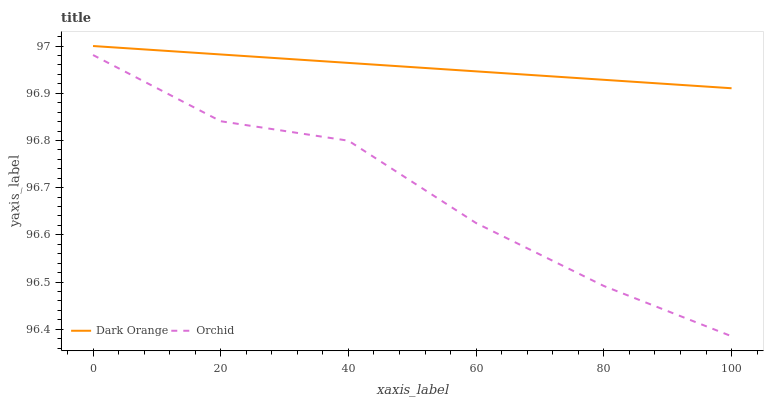
| xaxis_label | Dark Orange | Orchid |
 | --- | --- | --- |
 | 0 | 97 | 97 |
 | 20 | 97 | 96.8 |
 | 40 | 97 | 96.8 |
 | 60 | 96.9 | 96.6 |
 | 80 | 96.9 | 96.5 |
 | 100 | 96.9 | 96.4 |